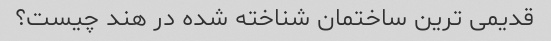
قدیمی ترین ساختمان شناخته شده در هند چیست؟